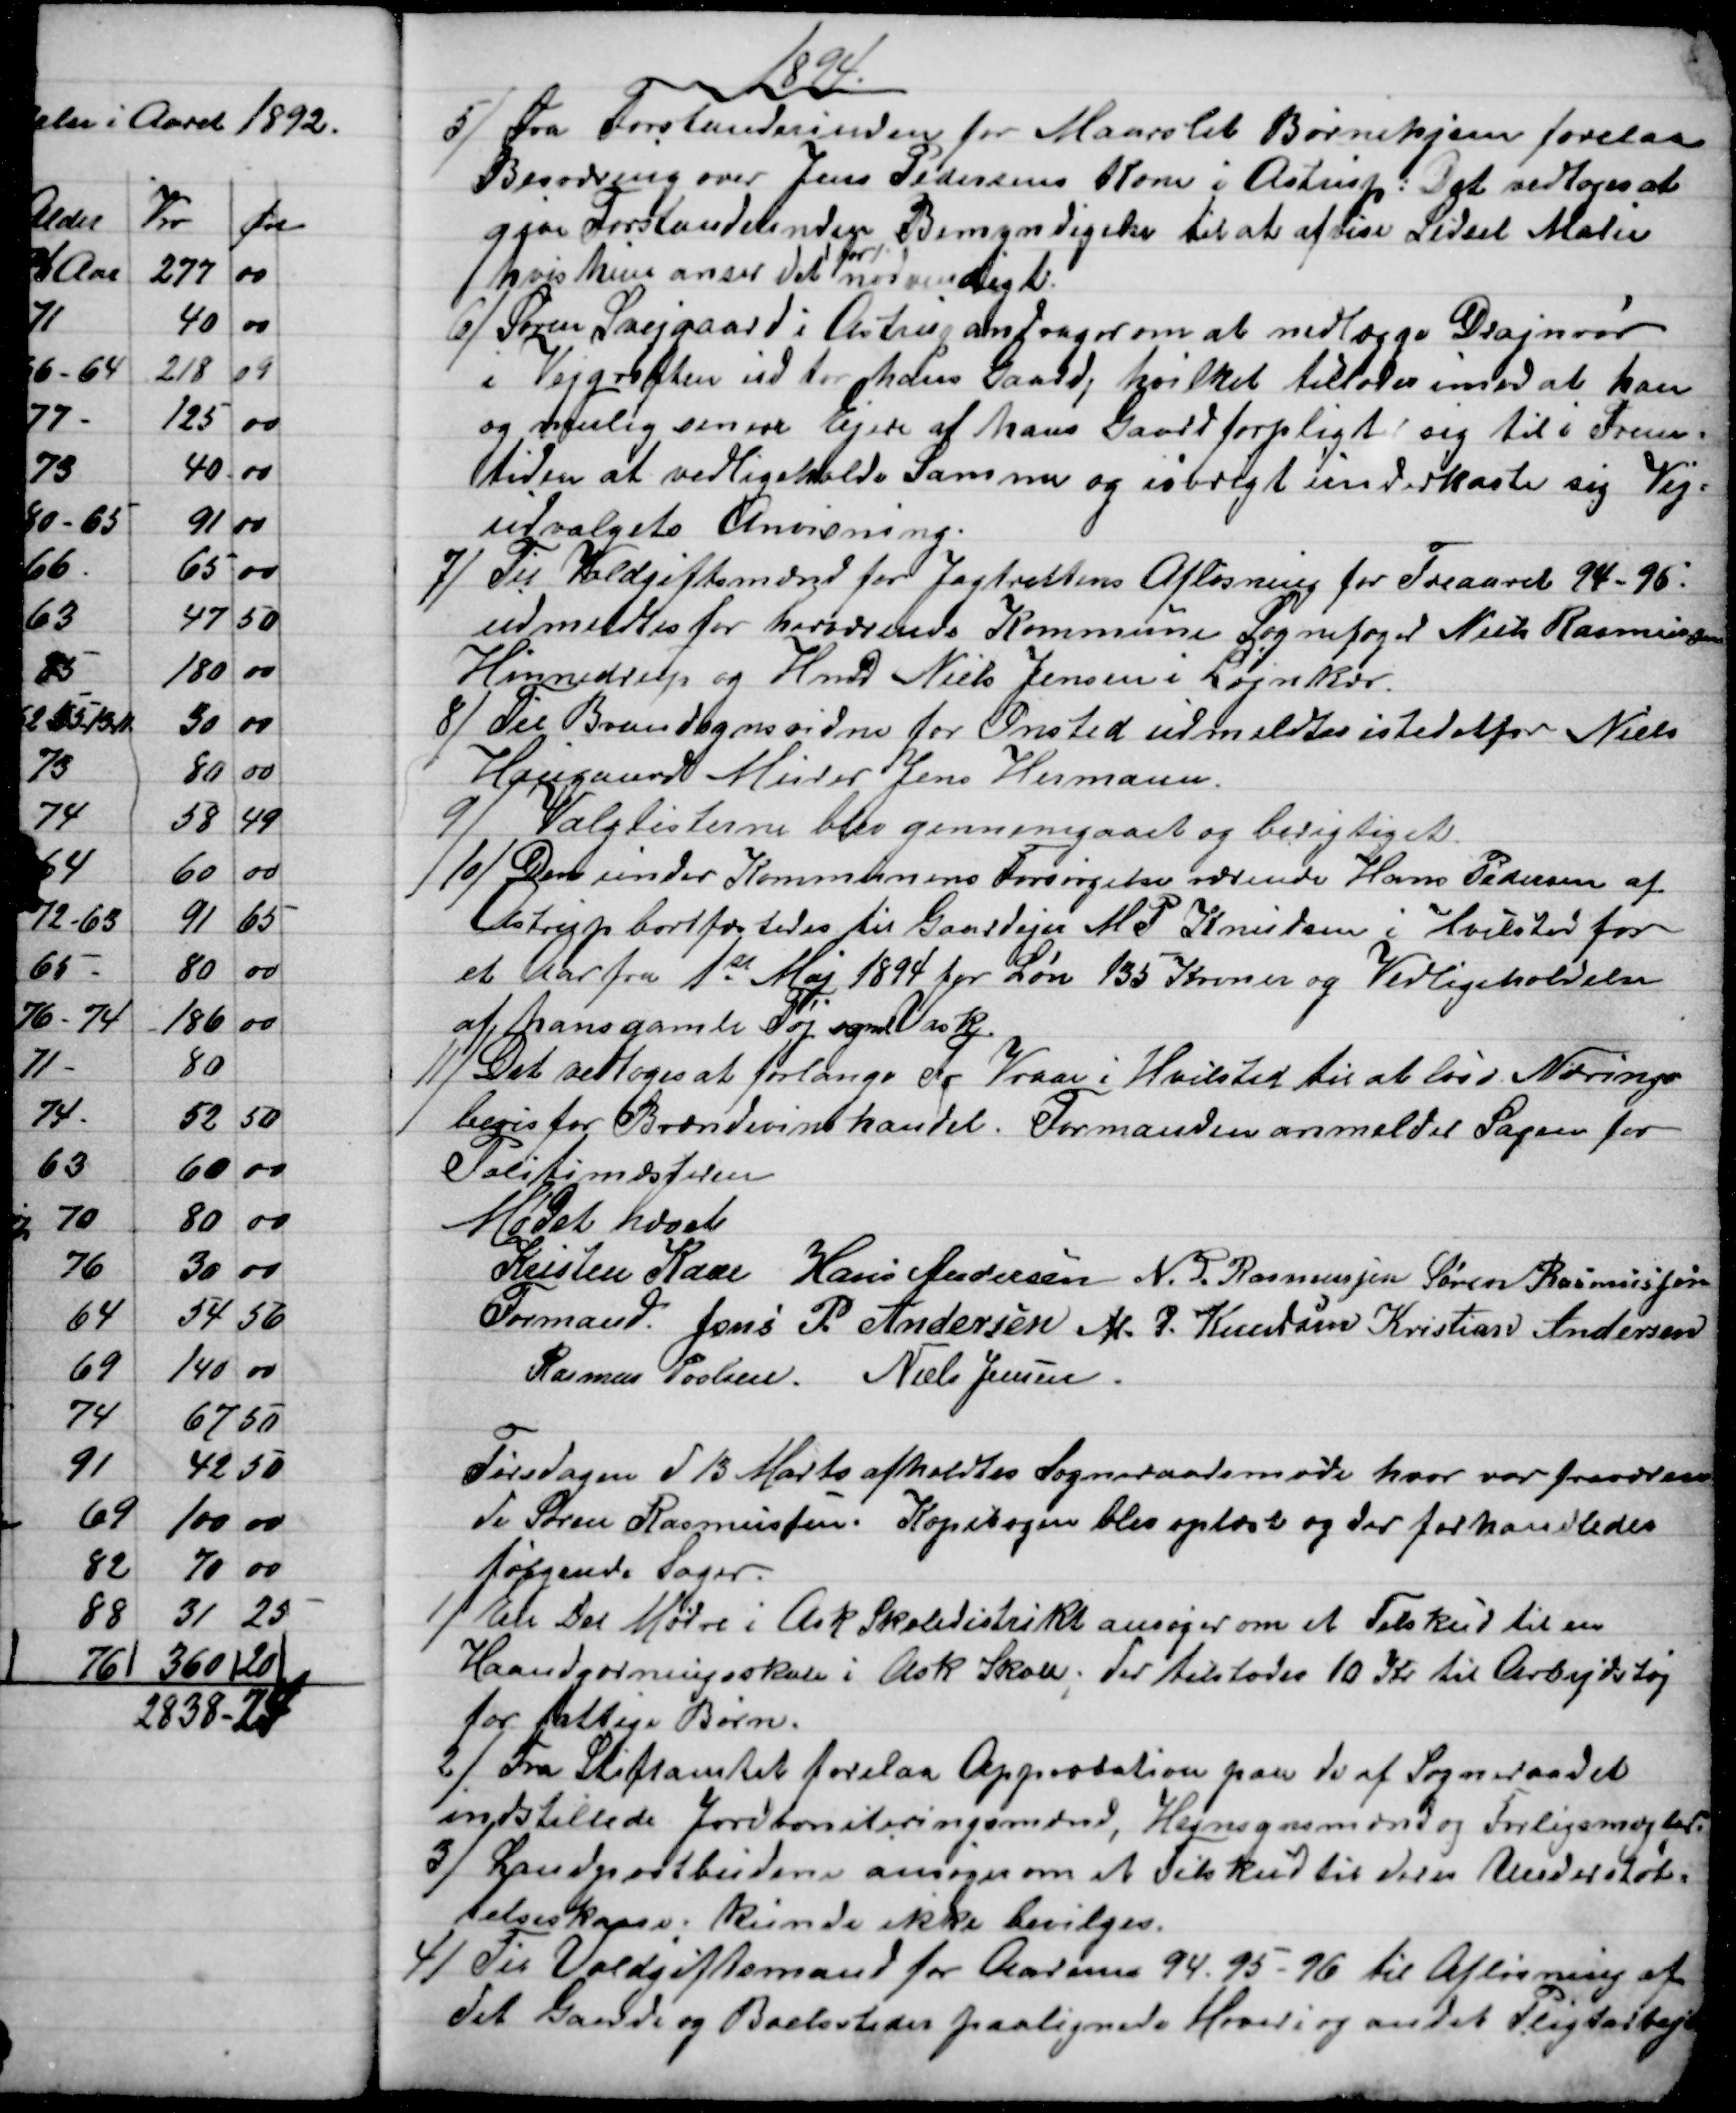
Transskription:
1894
5)
Fra Forstanderinden for Maarslet Børnehjem forelaa
Besværing over Jens Pedersens Kone i Astrup: Det vedtoges at
give Forstanderinden Bemyndigelse til at afvise Sidsel Marie
hvis hun anser det 
for
nødvendigt.
6) Søren Svejgaard i Astrup andrager om at nedlægge Drajnrør
i Vejgrøften ud for hans Gaard, hvilket tillodes imod at han
og mulig senere Ejere af hans Gaard forpligter sig til i Frem-
tiden at vedligeholde Samme og iøvrigt underkaste sig Vej-
udvalgets Anvisning.
7)
Til Voldgiftsmænd for Jagtrettens Afløsning for Treaaret 94-96.
udmeldtes for herværende Kommune Sognefoged Niels Rasmussen
Hinnedrup og Hmd Niels Jensen i Løjnkær.
8)
Til Brandsynsvidne for Onsted udmeldtes istedetfor Niels
Haugaard Murer Jens Hermann.
9)
Valglisterne blev gennemgaaet og berigtiget.
10)
Den under Kommunens Forsørgelse værende Hans Pedersen af
Astrup bortfæstedes til Gaardejer M. P. Knudsen i Hvilsted for
et Aar fra 1st Maj 1894 for Løn 135 Kroner og Vedligeholdelse
af hans gamle Tøj og med Vask.
11) 
Det vedtoges at forlange Fr Vraae i Hvilsted til at løse Nærings
bevis for Brændevinshandel. Formanden anmelder Sagen for
Politimesteren
Mødet hævet
Kristen Kaae 
Formand. 
Hans Andersen N. P. Rasmussen Søren Rasmussen
Jens P. Andersen M. P. Knudsen Kristian Andersen
Rasmus Povlsen. Niels Jensen.
Tirsdagen d 13 Marts afholdtes Sogneraadsmøde hvor var fraværen
de Søren Rasmussen. Kopibogen blev oplæst og der forhandledes
følgende Sager.
1)
En Del Mødre i Ask Skoledistrikt ansøger om et Tilskud til en
Haandgerningsskole i Ask Skole; der tilstodes 10 Kr. til Arbejdstøj
for fattige Børn.
2) 
Fra Stiftamtet forelaa Approbation paa de af Sogneraadet
indstillede Jordboniteringsmænd, Hegnsynsmænd og Forligsmægler.
3) 
Landpostbudene ansøger om et Tilskud til deres Understøt-
telseskasse; kunde ikke bevilges.
4)
Til Voldgiftsmand for Aarene 94. 95-96 til Afløsning af
det Gaarde og Boelssteder paalignede Hoveri og andet Pligtarbejde